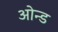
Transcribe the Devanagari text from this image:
ओन्ड